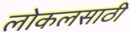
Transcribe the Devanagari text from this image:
लोकलसाठी